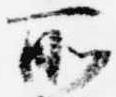
所